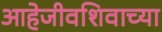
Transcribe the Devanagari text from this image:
आहेजीवशिवाच्या